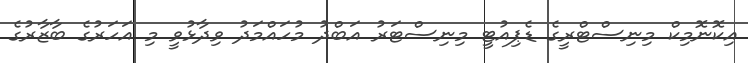
އިކޮނޮމިކް މިނިސްޓްރީގެ ޑެޕިއުޓީ މިނިސްޓަރު އަބްދު މުހައްމަދު ވިދާޅުވީ މި އަހަރުގެ ބާޒާރުގެ